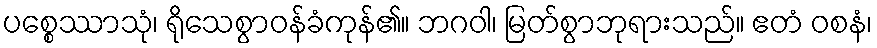
ပစ္စေဿာသုံ၊ ရိုသေစွာဝန်ခံကုန်၏။ ဘဂဝါ၊ မြတ်စွာဘုရားသည်။ ဧတံ ဝစနံ၊